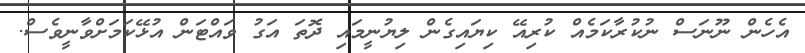
އެހެން ނޫނަސް ނުކުރާކަމެއް ކުރިއޭ ކިޔައިގެން ލިޔުނީމައި ދޮތަ އަގު ވައްޓަން އުޅޭކަމަށްވާނީވެސް.